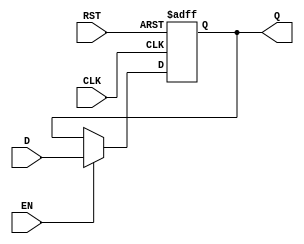
module stage_register #(
    parameter WIDTH = 8   // Parameter to set the width of the data input/output
)(
    input  wire [WIDTH-1:0] D,   // Data Input
    input  wire               CLK, // Clock Signal
    input  wire               RST, // Reset Signal
    input  wire               EN,  // Enable Signal
    output reg  [WIDTH-1:0] Q    // Data Output
);

    // Asynchronous reset and enable control
    always @(posedge CLK or posedge RST) begin
        if (RST) begin
            Q <= {WIDTH{1'b0}}; // Set output to zero on reset
        end else if (EN) begin
            Q <= D; // Capture data on enable
        end
        // If EN is low, Q retains its previous value
    end

endmodule